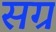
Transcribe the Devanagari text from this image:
सग्र